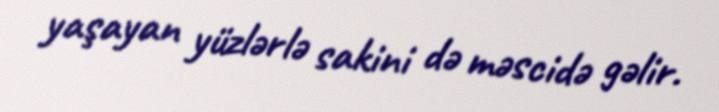
yaşayan yüzlərlə sakini də məscidə gəlir.